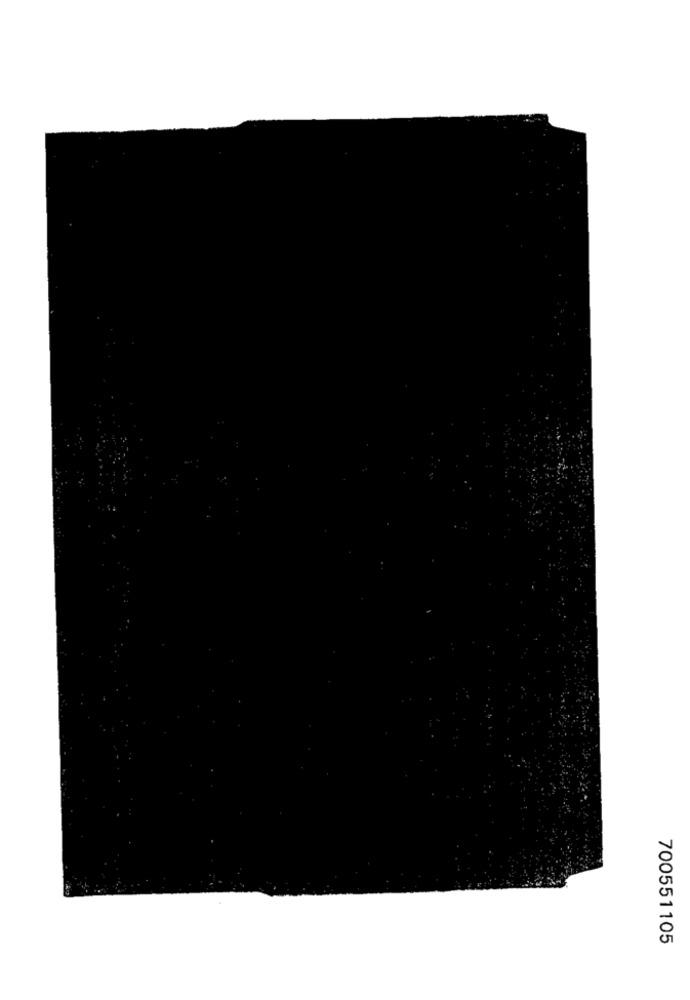
700551105